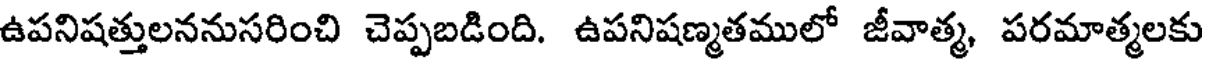
ఉపనిషత్తులననుసరించి చెప్పబడింది. ఉపనిషణ్మతములో జీవాత్మ, పరమాత్మలకు